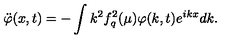
\ddot { \varphi } ( x , t ) = - \int k ^ { 2 } f _ { q } ^ { 2 } ( \mu ) \varphi ( k , t ) e ^ { i k x } d k .